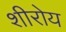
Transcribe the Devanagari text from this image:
शीरोय